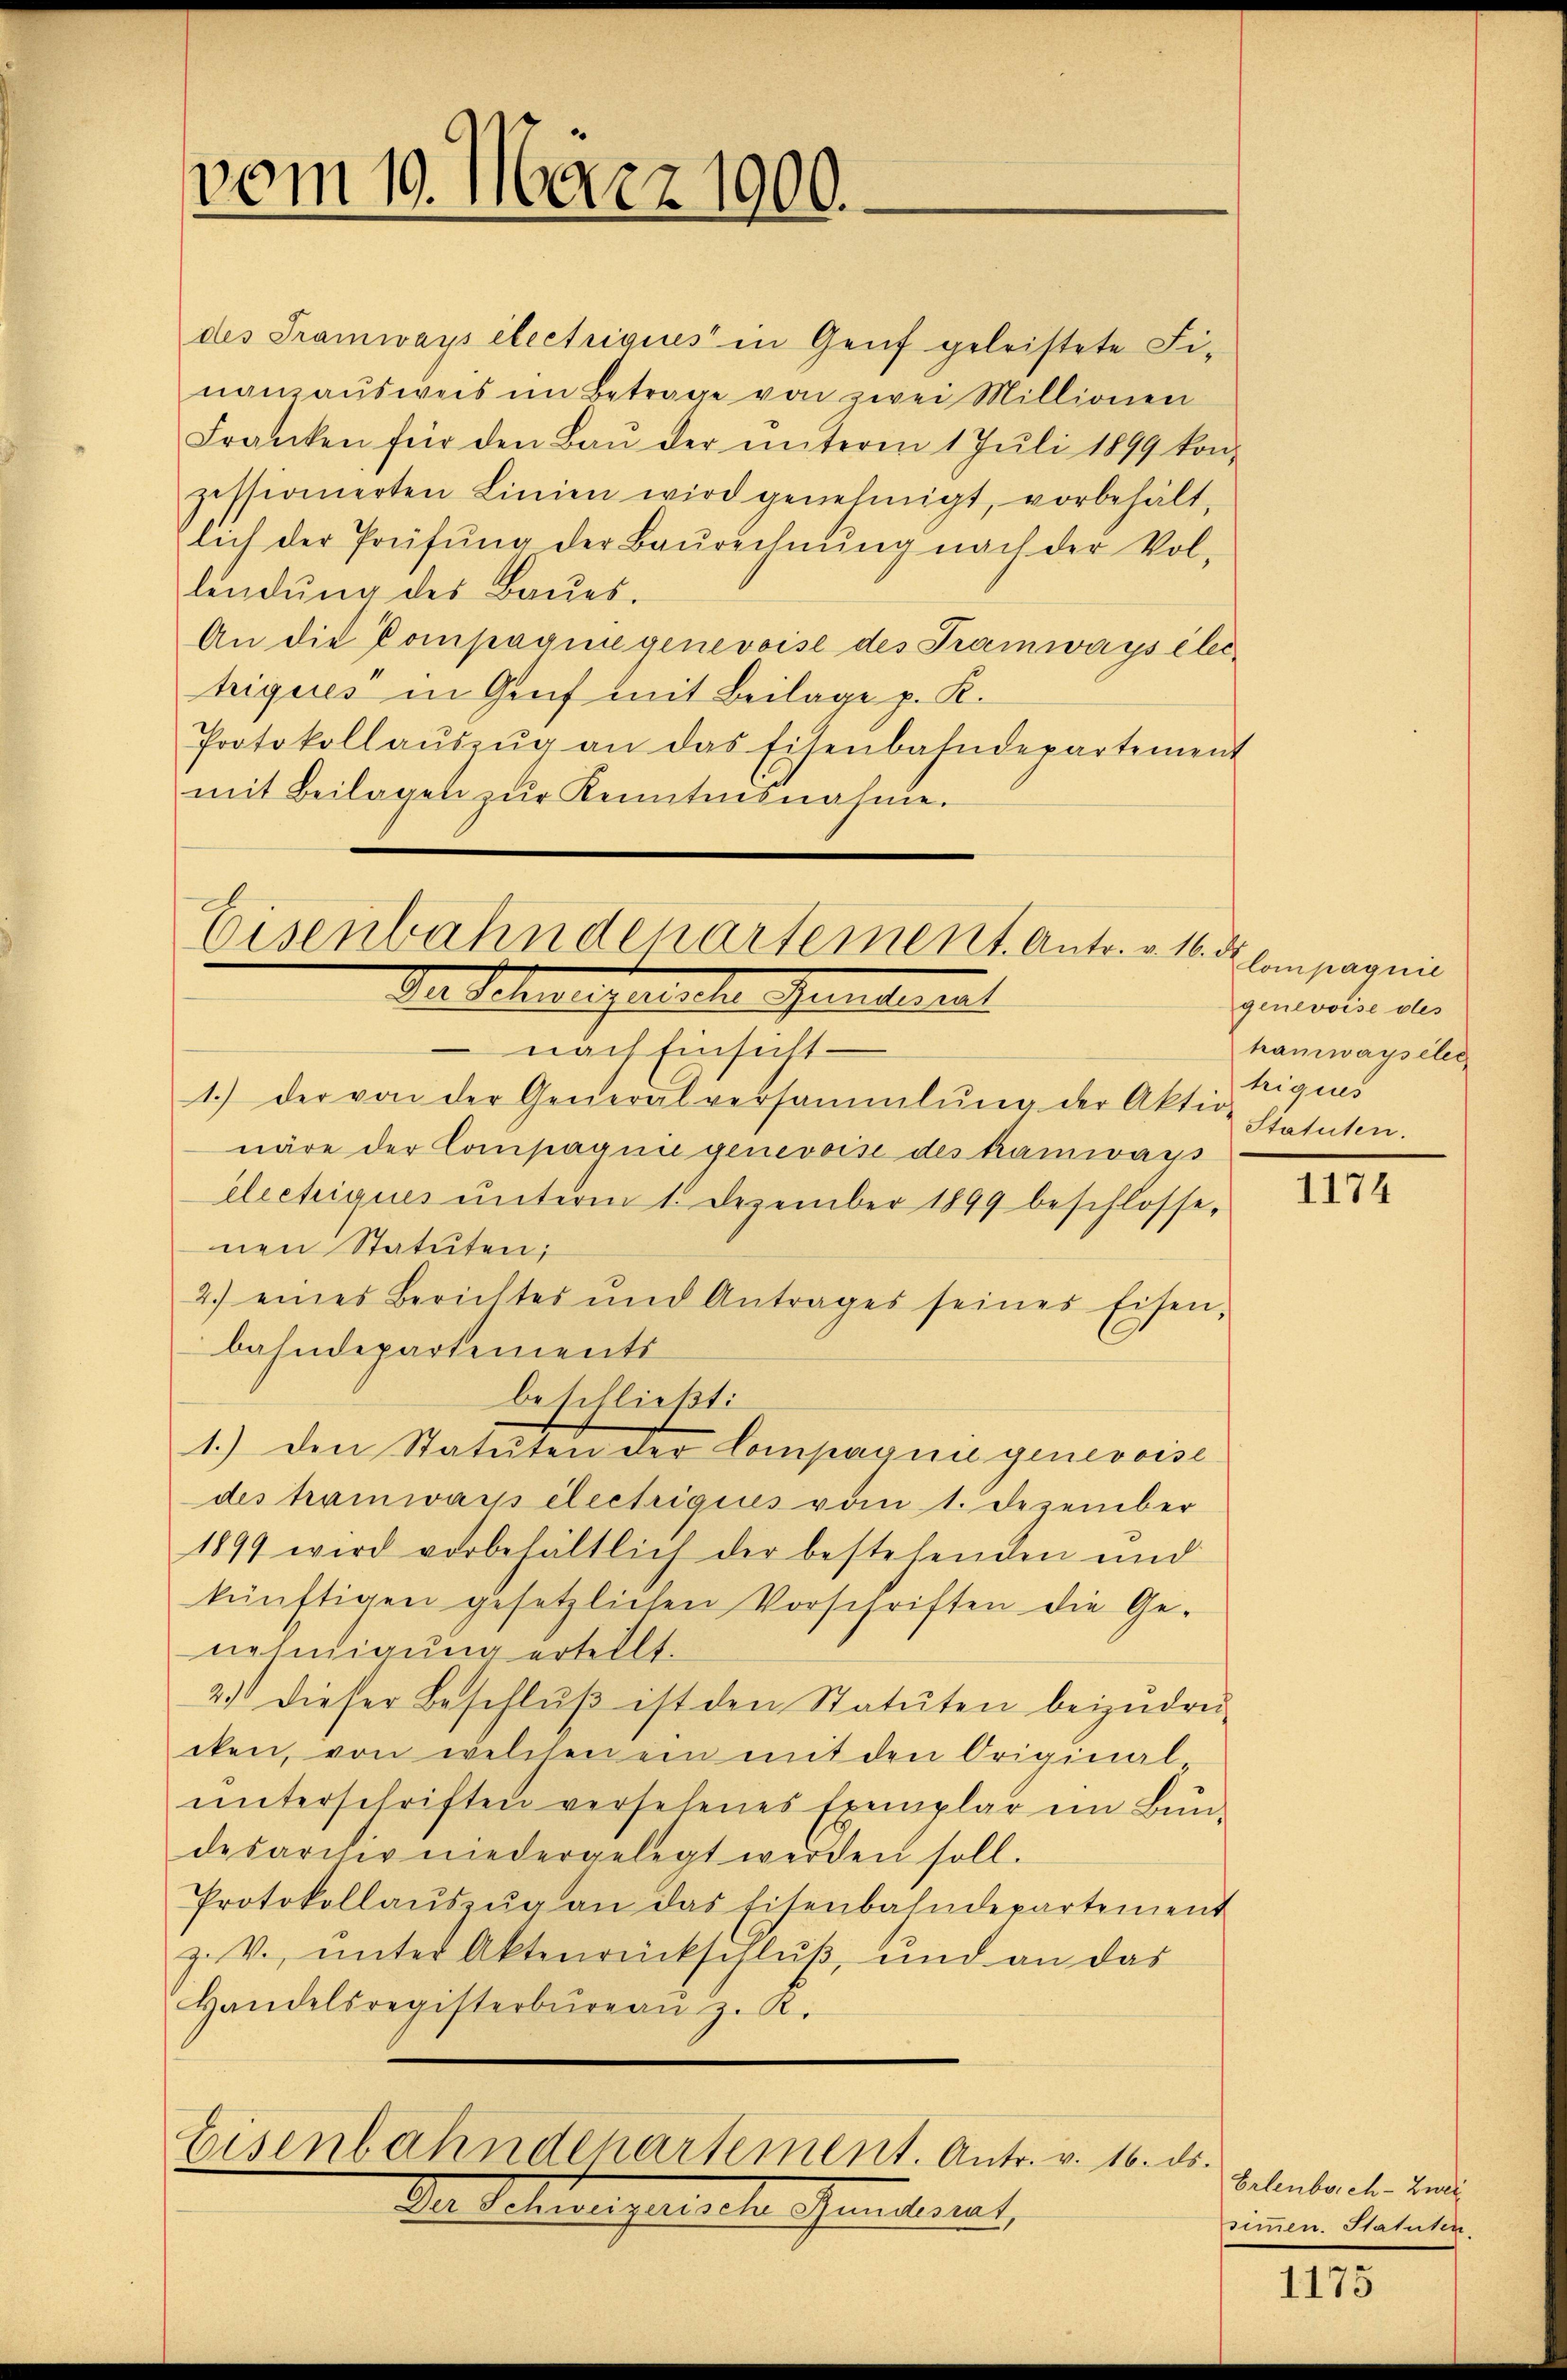
vom 19. März 1900.

Franken für den Baŭ der ŭnterm 1 Juli 1899 kon-
zessionierten Linien wird genehmigt, vorbehält-
lich der Prüfŭng der Baŭrechnŭng nach der Vol-
lindŭng des Baŭes.
An die Compagnie genevoise des Tramways éleitrigues in Graf mit Beilage p. K.
Protokollaŭszŭg an das Eisenbahndepartement
mit Beilagen zur Kenntnisnahme

Eisenbahndepartement. Antr. v. 16. d.
Der Schweifernte Gemeinent

nach Einsicht
1.) Der von der Generalversammlŭng der Aktion Statuten.
näre der Compagnie genevoise des kamways
électiques unterm 1. Dezember 1899 beschlosse,
nen Statuten;
2.) eines Berichtes und Antrages seines Eisen,
bahndepartements
beschließt:
1.) den Statuten der Compagnie genevoise
des Tramwar electrigius vom 1. Dezember
1899 wird vorbehältlich der bestehenden und
künftigen gesetzlichen Vorschriften die Ge-
nehmigung ertellt.
2.) Dieser Beschlŭβ ist den Statuten beizudrü-
cken, von welchen ein mit den Original
ŭnterschriften versehenes Exemplar im Bun-
desarchiv niedergelegt werden soll.
Protokollaŭszŭg an das Eisenbahndepartement
z. V., ŭnter Aktenrückschlŭβ, und an das
Handelsregisterbüreaŭ z. R.
Eisenbahndepartement. Antr. v. 16. ds.
Wie datiren gerierte Schmidlineat,

des Tramways électriques in Genf geleistete Finanzausweis im Betrage von zwei Millionen

Compagnie
genevoise des
tramwayseler
triques

1174

Erlenboch-Zwei
simmen. Statuten.

1173